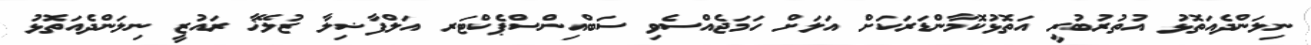
ނިލަންދެއަތޮޅު އުތުރުބުރީ އަތޮޅުކޮމާންޑަރަކަށް އަލަށް ހަމަޖެއްސެވި ސަބްއިންސްޕެކްޓަރ އަލްފާޟިލާ ޒުލޭޚާ ރައުޒީ ނިލަންދެއަތޮޅު